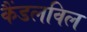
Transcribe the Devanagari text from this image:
कैंडलविल